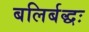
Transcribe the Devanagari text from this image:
बलिर्बद्धः